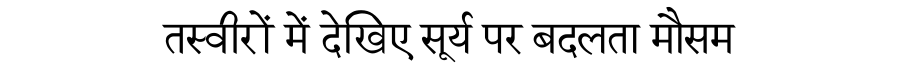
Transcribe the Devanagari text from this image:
तस्वीरों में देखिए सूर्य पर बदलता मौसम